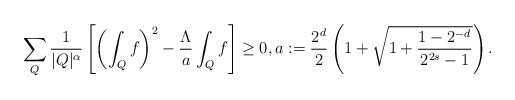
\begin{align*} \sum_{Q} \frac{1}{|Q|^{\alpha}} \left[ \left(\int_{Q} f \right)^2 - \frac{\Lambda}{a} \int_{Q} f \right] \ge 0, a:= \frac{2^d}{2}\left(1 + \sqrt{1 + \frac{1-2^{-d}}{2^{2s}-1} } \right).\end{align*}